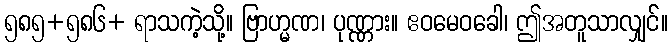
၅၈၅+၅၈၆+ ရာသကဲ့သို့။ ဗြာဟ္မဏ၊ ပုဏ္ဏား။ ဧဝမေဝခေါ၊ ဤအတူသာလျှင်။